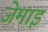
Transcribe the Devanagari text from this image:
जेमाइ